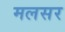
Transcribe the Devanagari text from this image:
मलसर